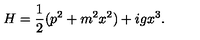
H = { \frac { 1 } { 2 } } ( p ^ { 2 } + m ^ { 2 } x ^ { 2 } ) + i g x ^ { 3 } .